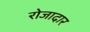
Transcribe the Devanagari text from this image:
रोजादार